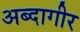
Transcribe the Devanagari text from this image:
अब्दागीर